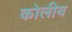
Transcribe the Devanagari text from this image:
कोलीय